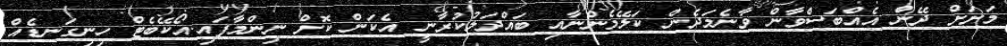
މަށަށް ދޭން އެއްބަސްވާން ވާނެމަދެން ކަލޭމެންނާއި ބައްދަލުކުރާނީ އެކަން ކޮށް ނިންމާފައި.އޯކޭބެޓް ހިނިގަނޑެއް